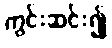
ကွင်းဆင်း၍